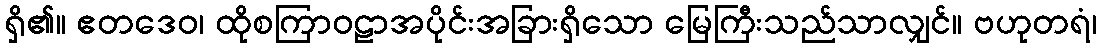
ရှိ၏။ ဧတဒေဝ၊ ထိုစကြာဝဠာအပိုင်းအခြားရှိသော မြေကြီးသည်သာလျှင်။ ဗဟုတရံ၊